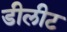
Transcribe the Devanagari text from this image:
डीलीट